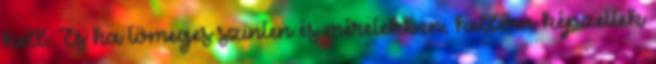
kell. És ha tömeges szinten és méretekben, kellően képzettek